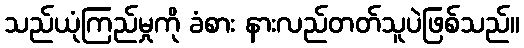
သည်ယုံကြည်မှုကို ခံစား နားလည်တတ်သူပဲဖြစ်သည်။